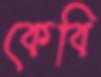
কেবি